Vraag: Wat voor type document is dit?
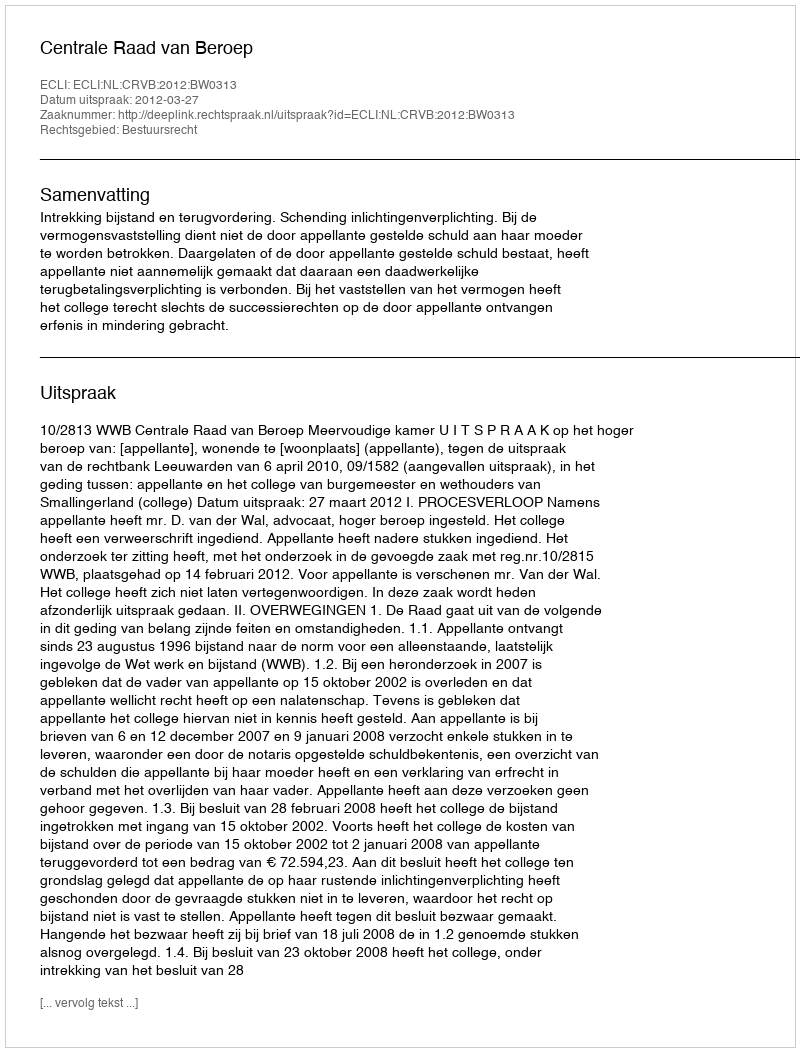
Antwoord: Uitspraak